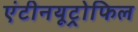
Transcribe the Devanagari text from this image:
एंटीनयूट्रोफिल